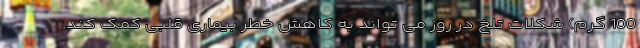
100 گرم) شکلات تلخ در روز می تواند به کاهش خطر بیماری قلبی کمک کند.